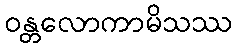
ဝန္တလောကာမိသဿ